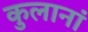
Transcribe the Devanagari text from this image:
कुलानां